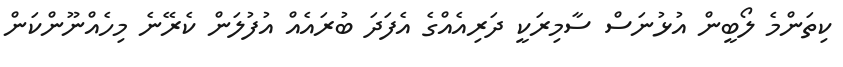
ކިތަންމެ ލޯބީން އުޅުނަސް ސާމިރަކީ ދަރިއެއްގެ އެފަދަ ބުރައެއް އުފުލަން ކެރޭނެ މިހެއްނޫންކަން